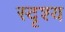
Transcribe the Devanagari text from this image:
स्दृश्य